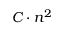
C \cdot n ^ { 2 }